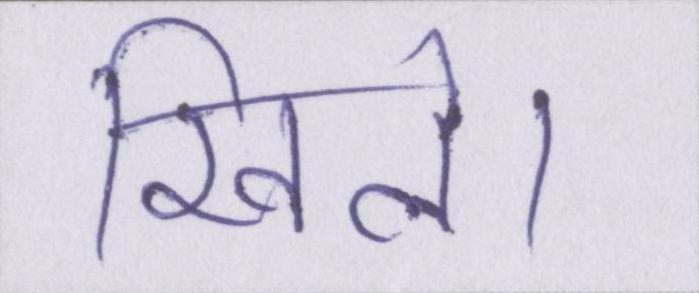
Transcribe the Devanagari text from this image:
खिले।